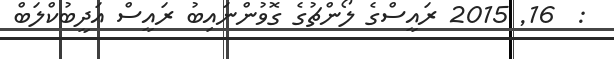
:  16